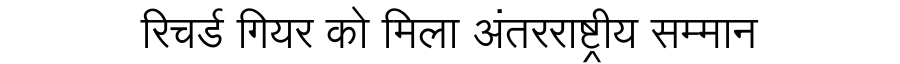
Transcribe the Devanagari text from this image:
रिचर्ड गियर को मिला अंतरराष्ट्रीय सम्मान